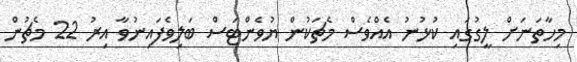
މިހާތަނަށް ލީގުގައި ކުޅުނު އެއްވެސް މެޗަކުން ޔުވެންޓަސް ބަލިވެފައިނުވާ އިރު 22 މެޗުން